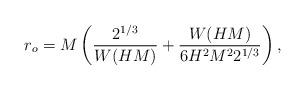
LaTeX: \begin{align*}r_o=M\left( \frac{2^{1/3}}{W(HM)}+\frac{W(HM)}{6H^2 M^2 2^{1/3}}\right),\end{align*}